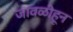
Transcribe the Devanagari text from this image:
जावळीहून